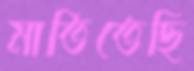
মাতিতেছি